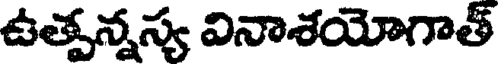
ఉత్పన్నస్య వినాశయోగాత్